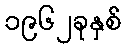
၁၉၆၂ခုနှစ်